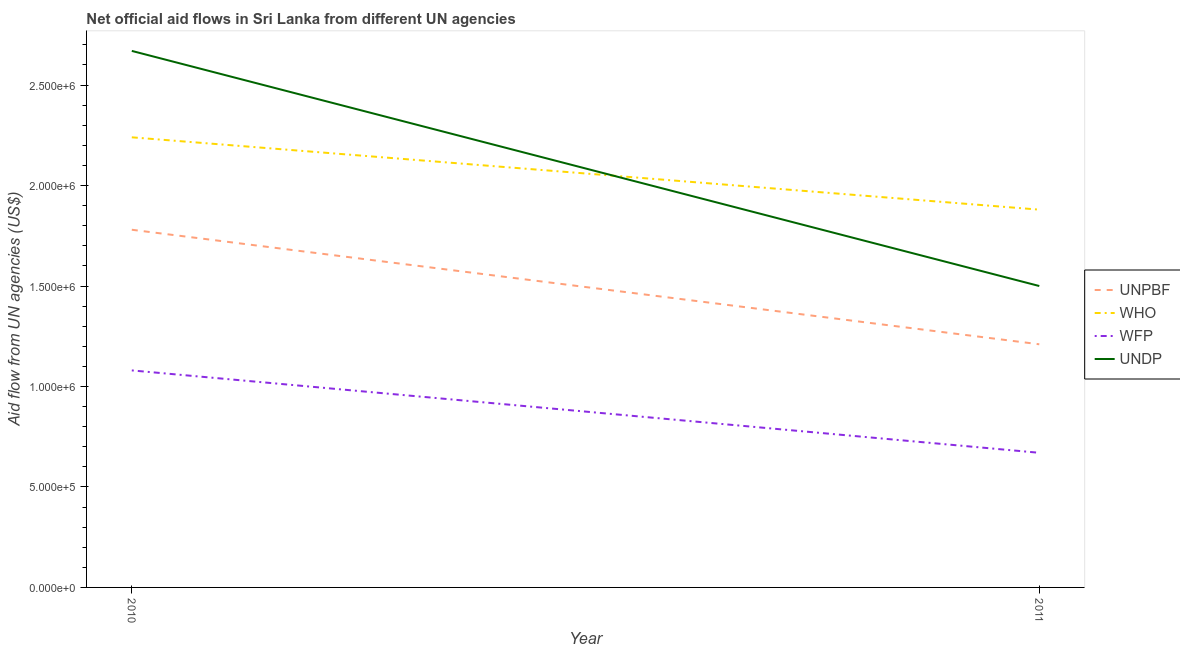
| Year | UNPBF | WHO | WFP | UNDP |
 | --- | --- | --- | --- | --- |
 | 2010 | 1.78e+06 | 2.24e+06 | 1.08e+06 | 2.67e+06 |
 | 2011 | 1.21e+06 | 1.88e+06 | 6.7e+05 | 1.5e+06 |